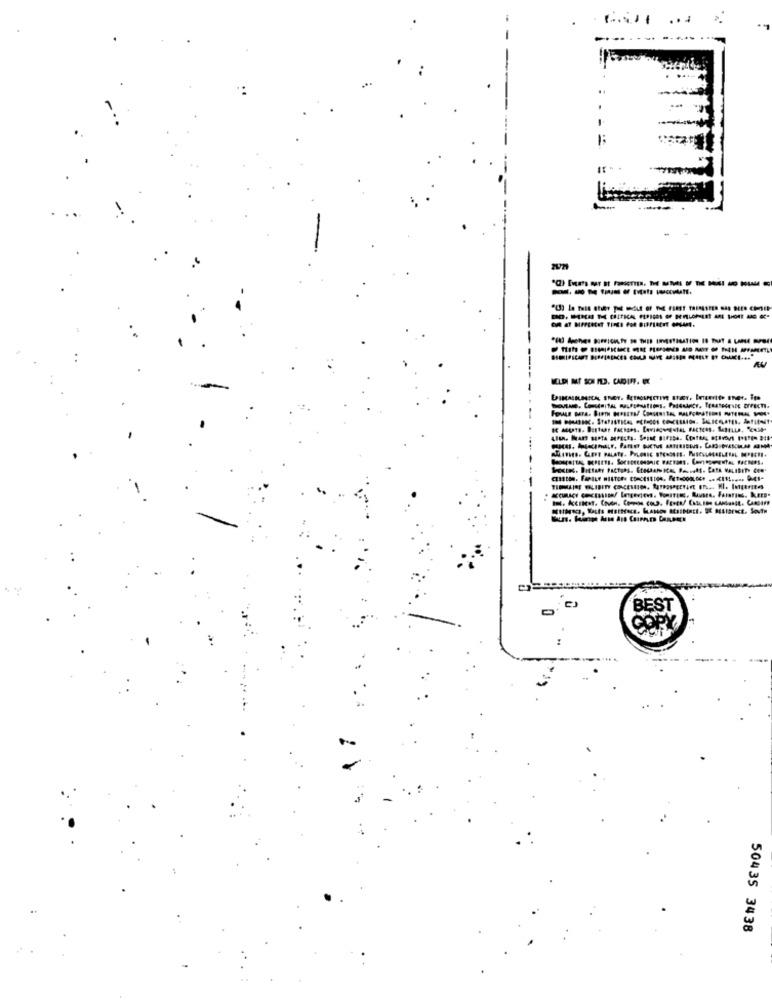
-.... .
------ -
KELDI MT SON ID. CADIR. W
BE
50435 3438